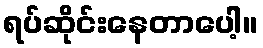
ရပ်ဆိုင်းနေတာပေါ့။